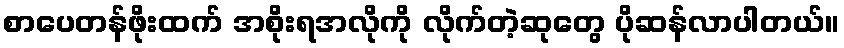
စာပေတန်ဖိုးထက် အစိုးရအလိုကို လိုက်တဲ့ဆုတွေ ပိုဆန်လာပါတယ်။